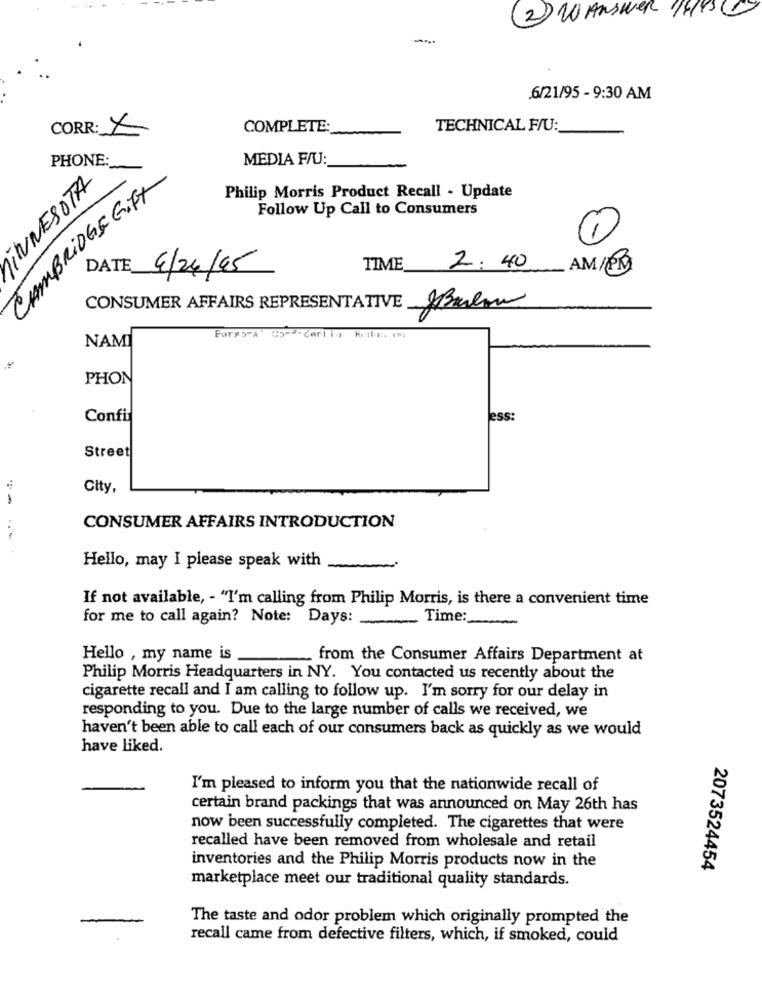
(2) W ANSWER 19951
.6/21/95 - 9:30 AM
CORR: X
COMPLETE:
TECHNICAL F/U:
PHONE:
MEDIA F/U:
CAMBRIDGE Gift
UNESOTA
Philip Morris Product Recall - Update
Follow Up Call to Consumers
DATE
TIME
2:40
AM/PM
4/24/95
CONSUMER AFFAIRS REPRESENTATIVE
&Bulon
NAM
PHON
Confi
ess:
Street
City,
-
CONSUMER AFFAIRS INTRODUCTION
Hello, may I please speak with
If not available, - "I'm calling from Philip Morris, is there a convenient time
for me to call again? Note: Days: Time:
-
Hello , my name is
from the Consumer Affairs Department at
Philip Morris Headquarters in NY. You contacted us recently about the
cigarette recall and I am calling to follow up. I'm sorry for our delay in
responding to you. Due to the large number of calls we received, we
haven't been able to call each of our consumers back as quickly as we would
have liked.
I'm pleased to inform you that the nationwide recall of
certain brand packings that was announced on May 26th has
now been successfully completed. The cigarettes that were
recalled have been removed from wholesale and retail
inventories and the Philip Morris products now in the
2073524454
marketplace meet our traditional quality standards.
The taste and odor problem which originally prompted the
recall came from defective filters, which, if smoked, could